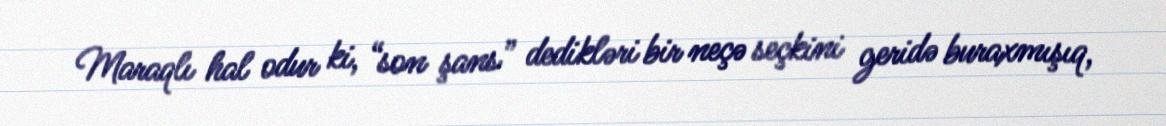
Maraqlı hal odur ki, “son şans” dedikləri bir neçə seçkini geridə buraxmışıq,